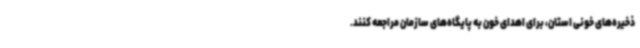
ذخیره‌های خونی استان، برای اهدای خون به پایگاه‌های سازمان مراجعه کنند.